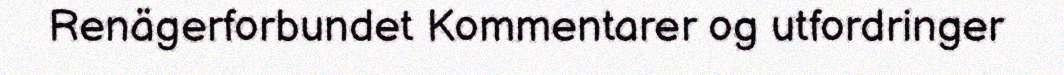
Renägerforbundet Kommentarer og utfordringer